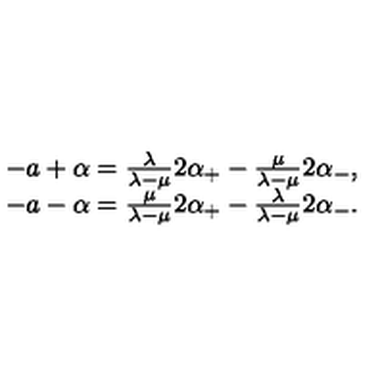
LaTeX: \begin{array} { c } { - a + \alpha = \frac \lambda { \lambda - \mu } 2 \alpha _ { + } - \frac \mu { \lambda - \mu } 2 \alpha _ { - } , } \\ { - a - \alpha = \frac \mu { \lambda - \mu } 2 \alpha _ { + } - \frac \lambda { \lambda - \mu } 2 \alpha _ { - } . } \\ \end{array}